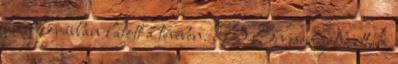
amit korábban látott a tévében. :D Én nem játszottam